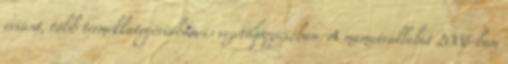
óriása, több termékkategóriában is vezető pozícióban. A mamutvállalat 2008-ban